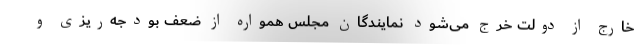
خارج از دولت خرج می‌شود نمایندگان مجلس همواره از ضعف بودجه‌ریزی و